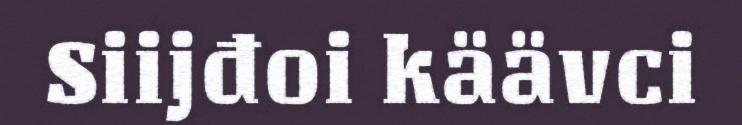
Siijđoi käävci